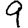
Digit: 9